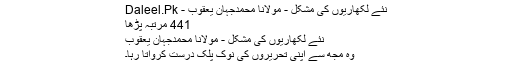
نئے لکھاریوں کی مشکل - مولانا محمدجہان یعقوب - Daleel.Pk
441 مرتبہ پڑھا
نئے لکھاریوں کی مشکل - مولانا محمدجہان یعقوب
وہ مجھ سے اپنی تحریروں کی نوک پلک درست کرواتا رہا۔